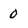
Character: 0